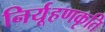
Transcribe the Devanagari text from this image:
निर्यूहणकृति